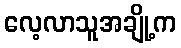
လေ့လာသူအချို့က